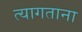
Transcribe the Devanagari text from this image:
त्यागताना